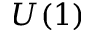
U ( 1 )